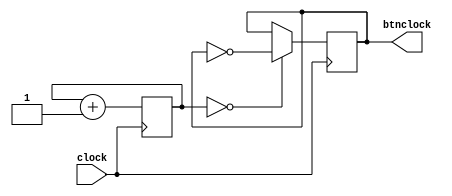
`timescale 1ns / 1ps
//////////////////////////////////////////////////////////////////////////////////
// Company: 
// Engineer: 
// 
// Design Name: 
// Module Name: Subtask_E_buttonclock
// Project Name: 
// Target Devices: 
// Tool Versions: 
// Description: 
// 
// Dependencies: 
// 
// Revision:
// Revision 0.01 - File Created
// Additional Comments:
// 
//////////////////////////////////////////////////////////////////////////////////


module Subtask_E_buttonclock(
    input clock,
    output reg btnclock = 0
    );
    
    // for 1.5625 Mhz
    reg [3:0] count = 0;
    
    always @ (posedge clock) begin
        count <= count + 1;
        btnclock <= (count == 0) ? ~btnclock  : btnclock ;
    end
endmodule